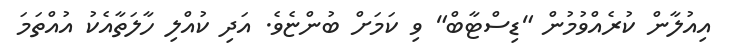
އިއުލާން ކުރެއްވުމުން "ޑިސްޓާބް" ވި ކަމަށް ބުންޏެވެ. އަދި ކުއްލި ހާލަތާއެކު އުއްތަމަ